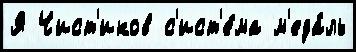
Я Чист'иков с'ист'е́ма м'еда́ль